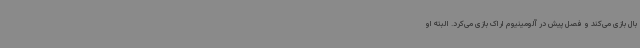
بال بازی می‌کند و فصل پیش در آلومینیوم اراک بازی می‌کرد. البته او